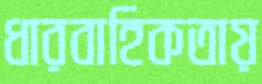
ধারবাহিকতায়